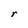
Character: r